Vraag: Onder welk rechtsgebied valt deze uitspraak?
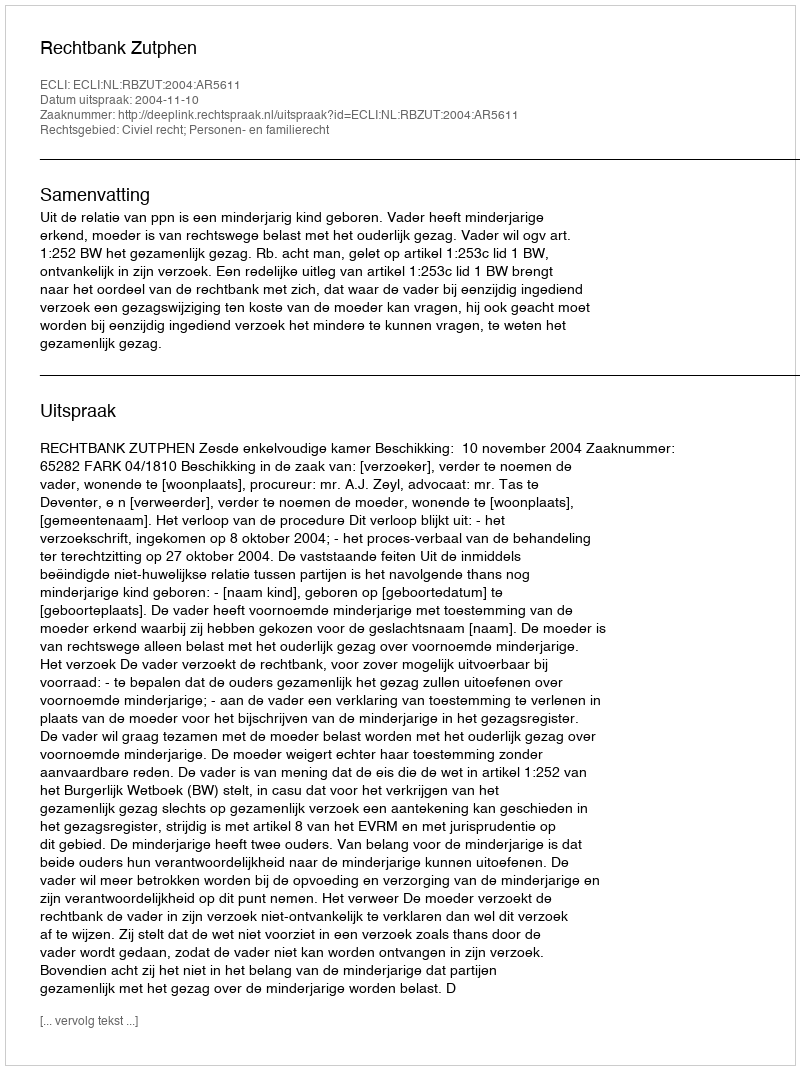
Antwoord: Civiel recht; Personen- en familierecht